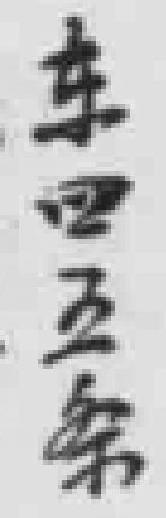
东四五条